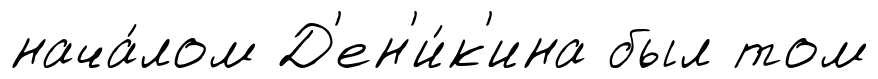
нача́лом Д'ен'и́к'ина был том